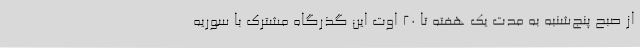
از صبح پنج‌شنبه به مدت یک هفته تا 20 اوت این گذرگاه مشترک با سوریه